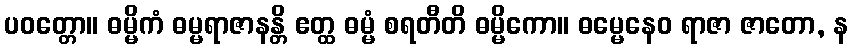
ပဝတ္တော။ ဓမ္မိကံ ဓမ္မရာဇာနန္တိ ဧတ္ထ ဓမ္မံ စရတီတိ ဓမ္မိကော။ ဓမ္မေနေဝ ရာဇာ ဇာတော, န